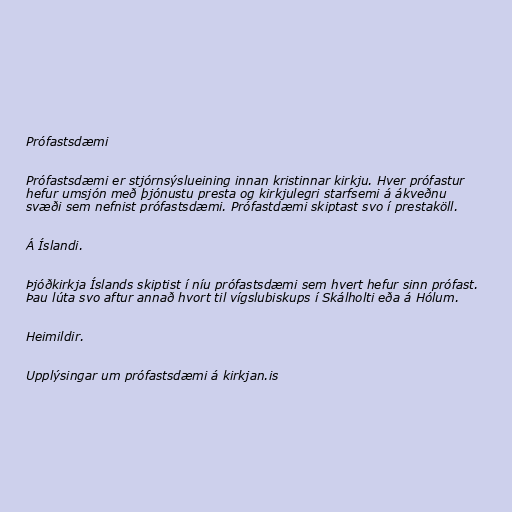
Prófastsdæmi

Prófastsdæmi er stjórnsýslueining innan kristinnar kirkju. Hver prófastur
hefur umsjón með þjónustu presta og kirkjulegri starfsemi á ákveðnu
svæði sem nefnist prófastsdæmi. Prófastdæmi skiptast svo í prestaköll.

Á Íslandi.

Þjóðkirkja Íslands skiptist í níu prófastsdæmi sem hvert hefur sinn prófast.
Þau lúta svo aftur annað hvort til vígslubiskups í Skálholti eða á Hólum.

Heimildir.

Upplýsingar um prófastsdæmi á kirkjan.is